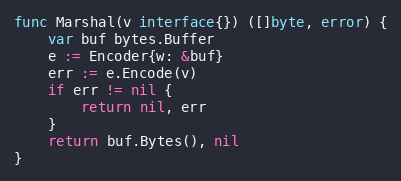
Language: Go
func Marshal(v interface{}) ([]byte, error) {
	var buf bytes.Buffer
	e := Encoder{w: &buf}
	err := e.Encode(v)
	if err != nil {
		return nil, err
	}
	return buf.Bytes(), nil
}